Civil Veterinary Dept. Assam report 1911-1927 - 1911-1927
Year: 1911
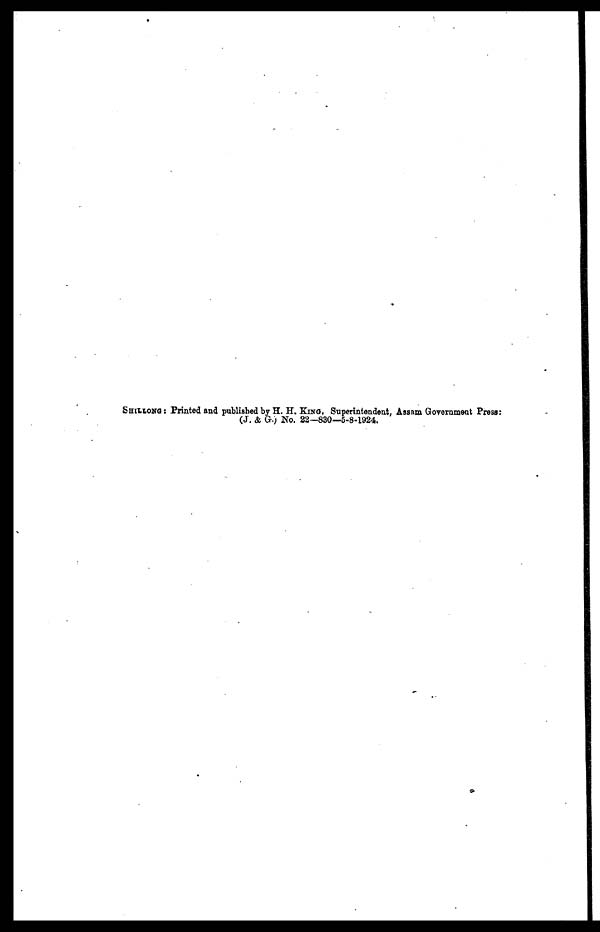
SHILLONG : Printed and published by H. H. KING, Superintendent; Assam Government Press:
(J. & G.) No. 22—830—5-8-1924.